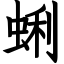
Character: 蜊